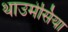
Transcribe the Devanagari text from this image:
थाउमेसिया